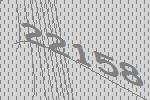
22158